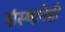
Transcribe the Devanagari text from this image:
संस्थानेही